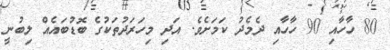
80 ހާހާއި 90 ހާހާއި ދެމެދު ކަމަށެވެ. އަދި މިހަރަދުތަކުގެ ބޮޑުބައެއް ލިބުނީ